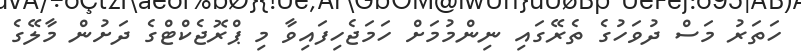
ހަތަރު މަސް ދުވަހުގެ ތެރޭގައި ނިންމުމަށް ހަމަޖެހިފައިވާ މި ޕްރޮޖެކްޓްގެ ދަށުން މާލޭގެ